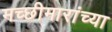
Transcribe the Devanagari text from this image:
मच्छीमारांच्या